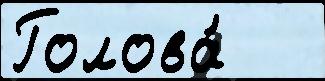
Голова́